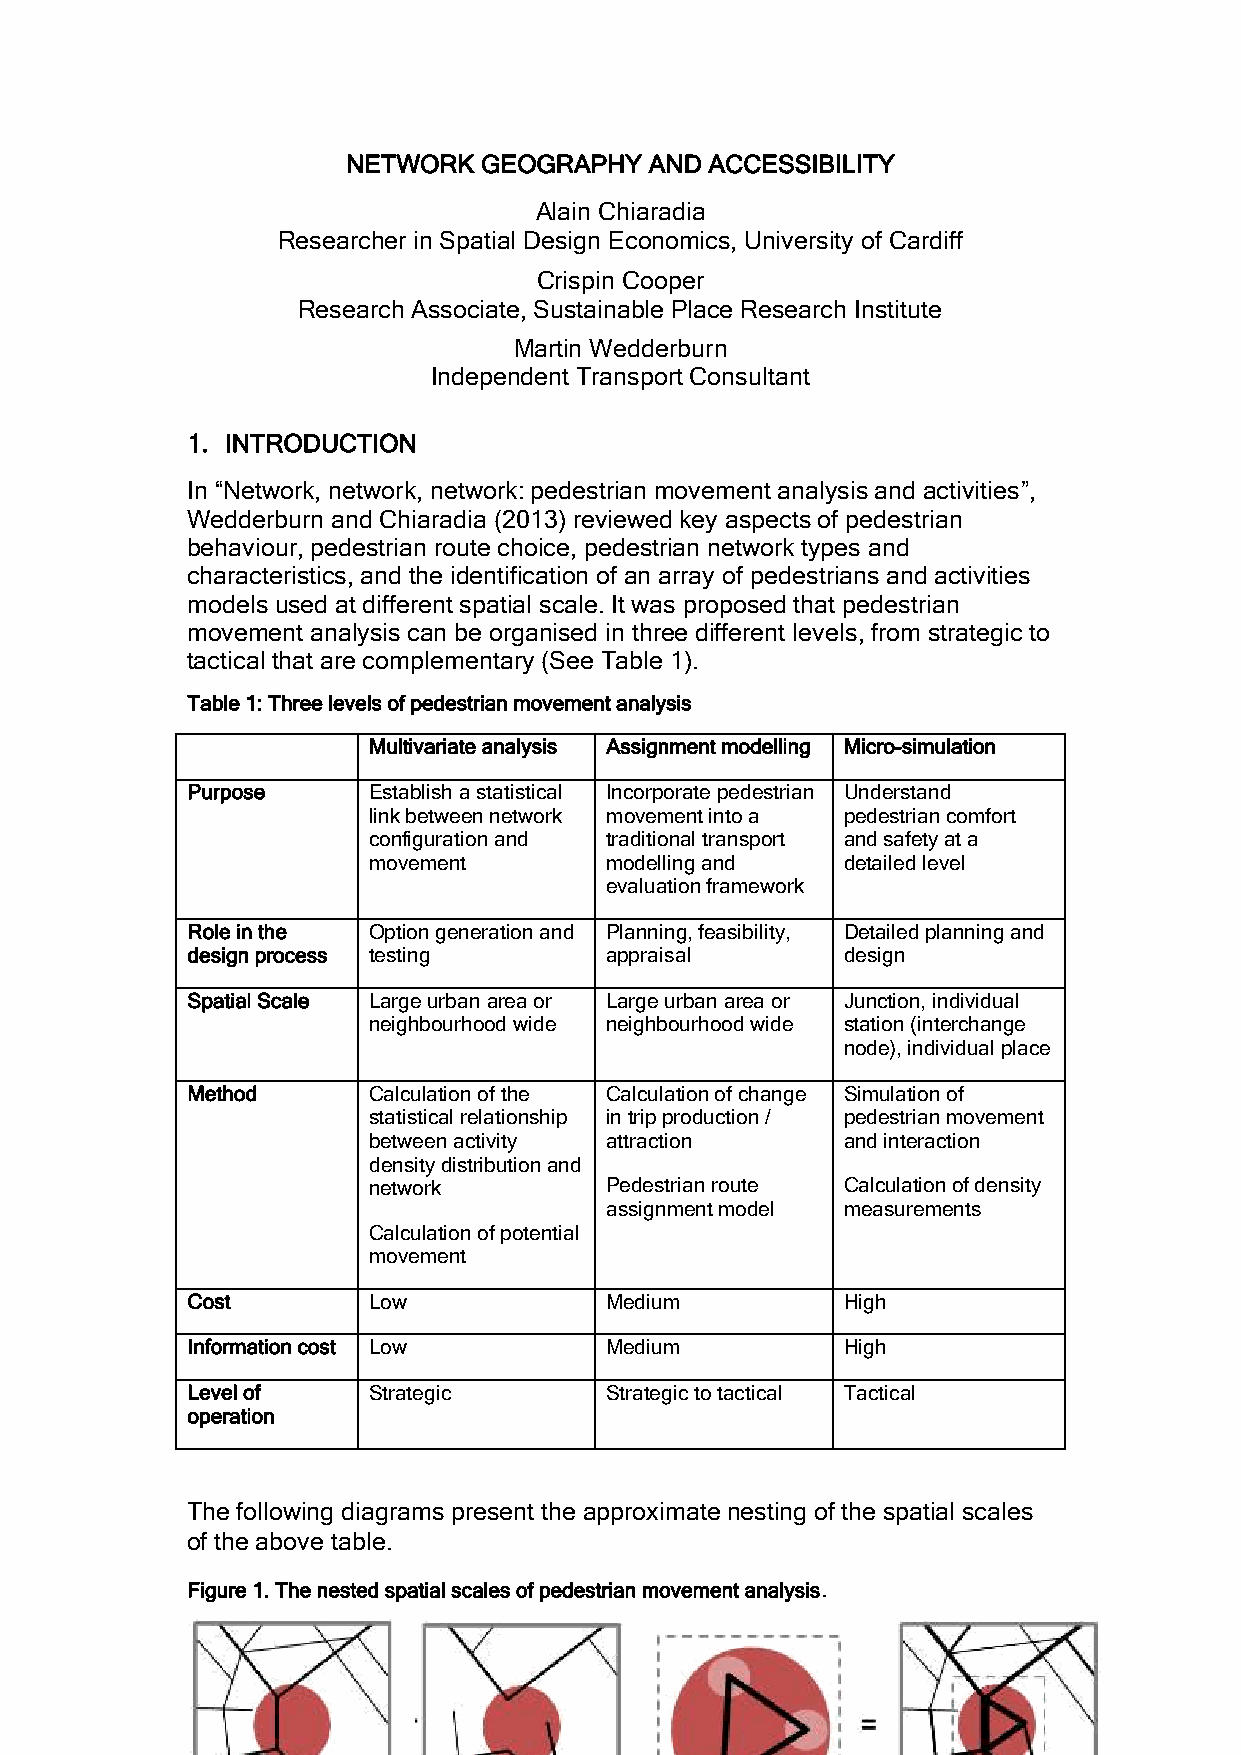
NETWORK  GEOGRAPHY  AND ACCESSIBILITY
 Alain Chiaradia
 Researcher in Spatial Design Economics, University of Cardiff
 Crispin Cooper
 Research Associate, Sustainable Place Research Institute
 Martin Wedderburn
 Independent Transport Consultant
 1. INTRODUCTION
 In “Network, network, network: pedestrian movement analysis and activities”,
 Wedderburn and Chiaradia (2013) reviewed key aspects of pedestrian
 behaviour, pedestrian route choice, pedestrian network types and
 characteristics, and the identification of an array of pedestrians and activities
 models used at different spatial scale. It was proposed that pedestrian
 movement analysis can be organised in three different levels, from strategic to
 tactical that are complementary (See Table 1).
 Table 1: Three levels of pedestrian movement analysis
 Multivariate analysis Assignment modelling Micro-simulation
 Purpose     Establish a statistical Incorporate pedestrian Understand
 link between network movement into a pedestrian comfort
 configuration and traditional transport and safety at a
 movement        modelling and   detailed level
 evaluation framework
 Role in the Option generation and Planning, feasibility, Detailed planning and
 design process testing      appraisal       design
 Spatial Scale Large urban area or Large urban area or Junction, individual
 neighbourhood wide neighbourhood wide station (interchange
 node), individual place
 Method      Calculation of the Calculation of change Simulation of
 statistical relationship in trip production / pedestrian movement
 between activity attraction     and interaction
 density distribution and
 network         Pedestrian route Calculation of density
 assignment model measurements
 Calculation of potential
 movement
 Cost        Low             Medium          High
 Information cost Low        Medium          High
 Level of    Strategic       Strategic to tactical Tactical
 operation
 The following diagrams present the approximate nesting of the spatial scales
 of the above table.
 Figure 1. The nested spatial scales of pedestrian movement analysis.